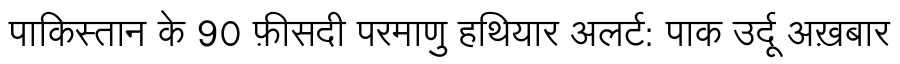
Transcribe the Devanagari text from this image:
पाकिस्तान के 90 फ़ीसदी परमाणु हथियार अलर्ट: पाक उर्दू अख़बार